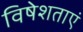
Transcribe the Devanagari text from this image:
विषेशताएं